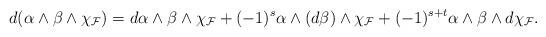
LaTeX: \begin{align*}d(\alpha\wedge\beta\wedge {\chi}_{\mathcal{F}})=d\alpha\wedge\beta\wedge \chi_{\mathcal{F}}+(-1)^{s}\alpha\wedge(d\beta)\wedge \chi_{\mathcal{F}}+(-1)^{s+t}\alpha\wedge\beta\wedge d \chi_{\mathcal{F}}.\end{align*}